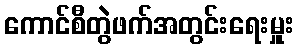
ကောင်စီတွဲဖက်အတွင်းရေးမှူး